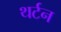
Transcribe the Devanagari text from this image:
थर्टन